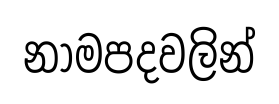
නාමපදවලින්